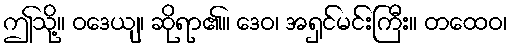
ဤသို့။ ဝဒေယျ၊ ဆိုရာ၏။ ဒေဝ၊ အရှင်မင်းကြီး။ တထေဝ၊